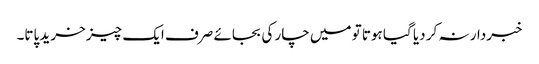
خبردار نہ کر دیا گیا ہوتا تو میں چار کی بجائے صرف ایک چیز خرید پاتا۔